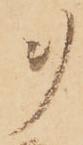
ヲ